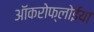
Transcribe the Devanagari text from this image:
ऑकरोफ्लोईया